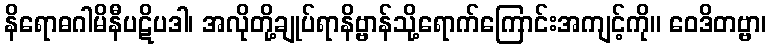
နိရောဓဂါမိနီပဋိပဒါ၊ အလိုတို့ချုပ်ရာနိဗ္ဗာန်သို့ရောက်ကြောင်းအကျင့်ကို။ ဝေဒိတဗ္ဗာ၊